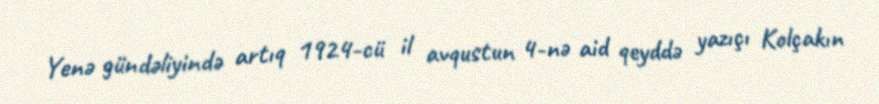
Yenə gündəliyində artıq 1924-cü il avqustun 4-nə aid qeyddə yazıçı Kolçakın